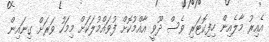
އެއިރު މާލެއިން ހިފިކޮޓަރި ވެސް ދޫވީ އާއްމުކޮށް ފުވައްމުލަކަށް މިމަހު ވަރަށް ގިނައިން